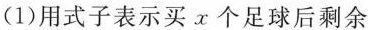
(1)用式子表示买x个足球后剩余